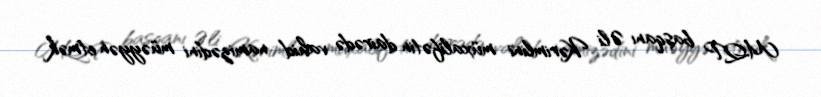
MQP başqanı Əli Kərimlini müxalifətin dairədə vahid namizədini müəyyən etmək